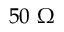
5 0 ~ \Omega